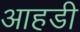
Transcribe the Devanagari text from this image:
आहडी